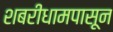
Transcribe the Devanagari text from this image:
शबरीधामपासून